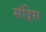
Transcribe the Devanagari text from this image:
संद्विस